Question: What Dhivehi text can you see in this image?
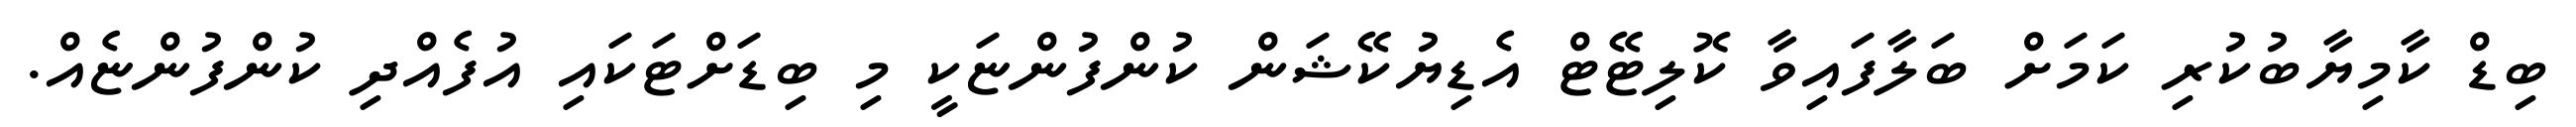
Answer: ބިޑް ކާމިޔާބުކުރި ކަމަށް ބަލާފައިވާ ކޮލިޓޭޓް އެޑިޔުކޭޝަން ކުންފުންޏަކީ މި ބިޑަށްޓަކައި އުފެއްދި ކުންފުންޏެއް.